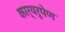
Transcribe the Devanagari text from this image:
कार्यरूपेण